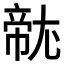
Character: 𱚭